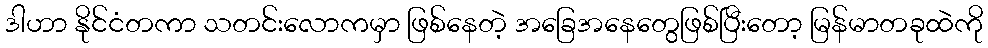
ဒါဟာ နိုင်ငံတကာ သတင်းလောကမှာ ဖြစ်နေတဲ့ အခြေအနေတွေဖြစ်ပြီးတော့ မြန်မာတခုထဲကို